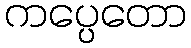
ကပ္ပေတော